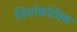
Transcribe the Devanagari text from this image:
नियोकोर्टेक्स